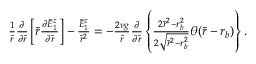
\begin{array} { r } { \frac { 1 } { \tilde { r } } \frac { \partial } { \partial \tilde { r } } \left[ \tilde { r } \frac { \partial \tilde { E } _ { 1 } ^ { z } } { \partial \tilde { r } } \right] - \frac { \tilde { E } _ { 1 } ^ { z } } { \tilde { r } ^ { 2 } } = - \frac { 2 \nu g } { \tilde { r } } \frac { \partial } { \partial \tilde { r } } \left\{ \frac { 2 \tilde { r } ^ { 2 } - r _ { b } ^ { 2 } } { 2 \sqrt { \tilde { r } ^ { 2 } - r _ { b } ^ { 2 } } } \theta ( \tilde { r } - r _ { b } ) \right\} . } \end{array}